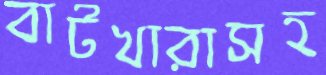
বাটখারাসহ